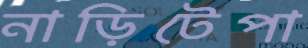
নাড়িটেপা